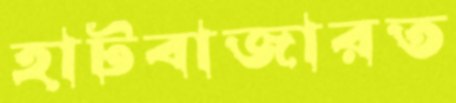
হাটবাজারত